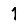
Digit: 1